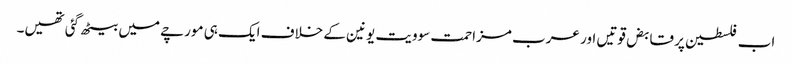
اب فلسطین پر قابض قوتیں اور عرب مزاحمت سوویت یونین کے خلاف ایک ہی مورچے میں بیٹھ گئی تھیں۔